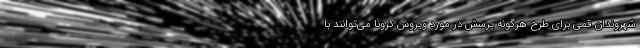
شهروندان قمی برای طرح هرگونه پرسش در مورد ویروس کرونا می‌توانند با